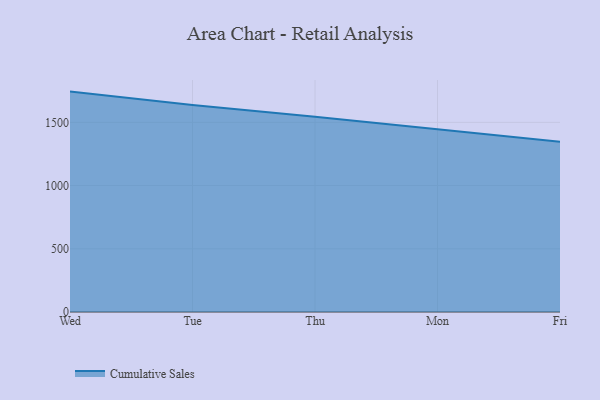
{"axis": {"x": "Day", "y": "Temperature (°C)"}, "legend": ["Cumulative Sales"], "data": [{"x": "Wed", "y": 1743.5, "type": "Cumulative Sales"}, {"x": "Tue", "y": 1638.1, "type": "Cumulative Sales"}, {"x": "Thu", "y": 1545.2, "type": "Cumulative Sales"}, {"x": "Mon", "y": 1446.2, "type": "Cumulative Sales"}, {"x": "Fri", "y": 1347.2, "type": "Cumulative Sales"}]}